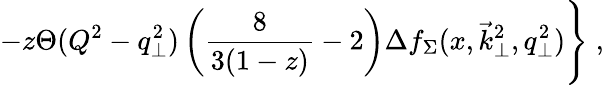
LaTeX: -z\Theta(Q^{2}-q_{\perp}^{2})\left({\frac{8}{3(1-z)}}-2\right)\Delta f_{\Sigma}(x,\vec{k}_{\perp}^{2},q_{\perp}^{2})\Bigg\} \; ,